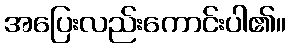
အပြေးလည်းကောင်းပါ၏။